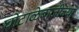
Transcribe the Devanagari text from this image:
घोटाळेबाजीच्या